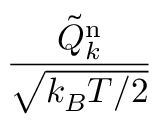
\frac { \tilde { Q } _ { k } ^ { \mathrm { n } } } { \sqrt { k _ { B } T / 2 } }